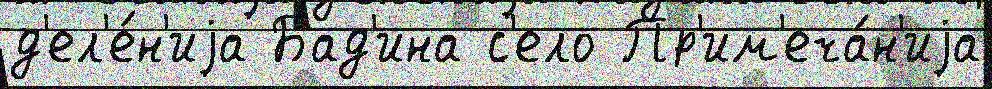
д'ел'е́н'иjа Бад'ина с'ело Пр'им'еча́н'иjа